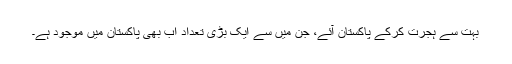
بہت سے ہجرت کرکے پاکستان آئے، جن میں سے ایک بڑی تعداد اب بھی پاکستان میں موجود ہے۔